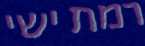
רמת ישי